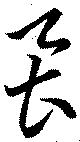
虱